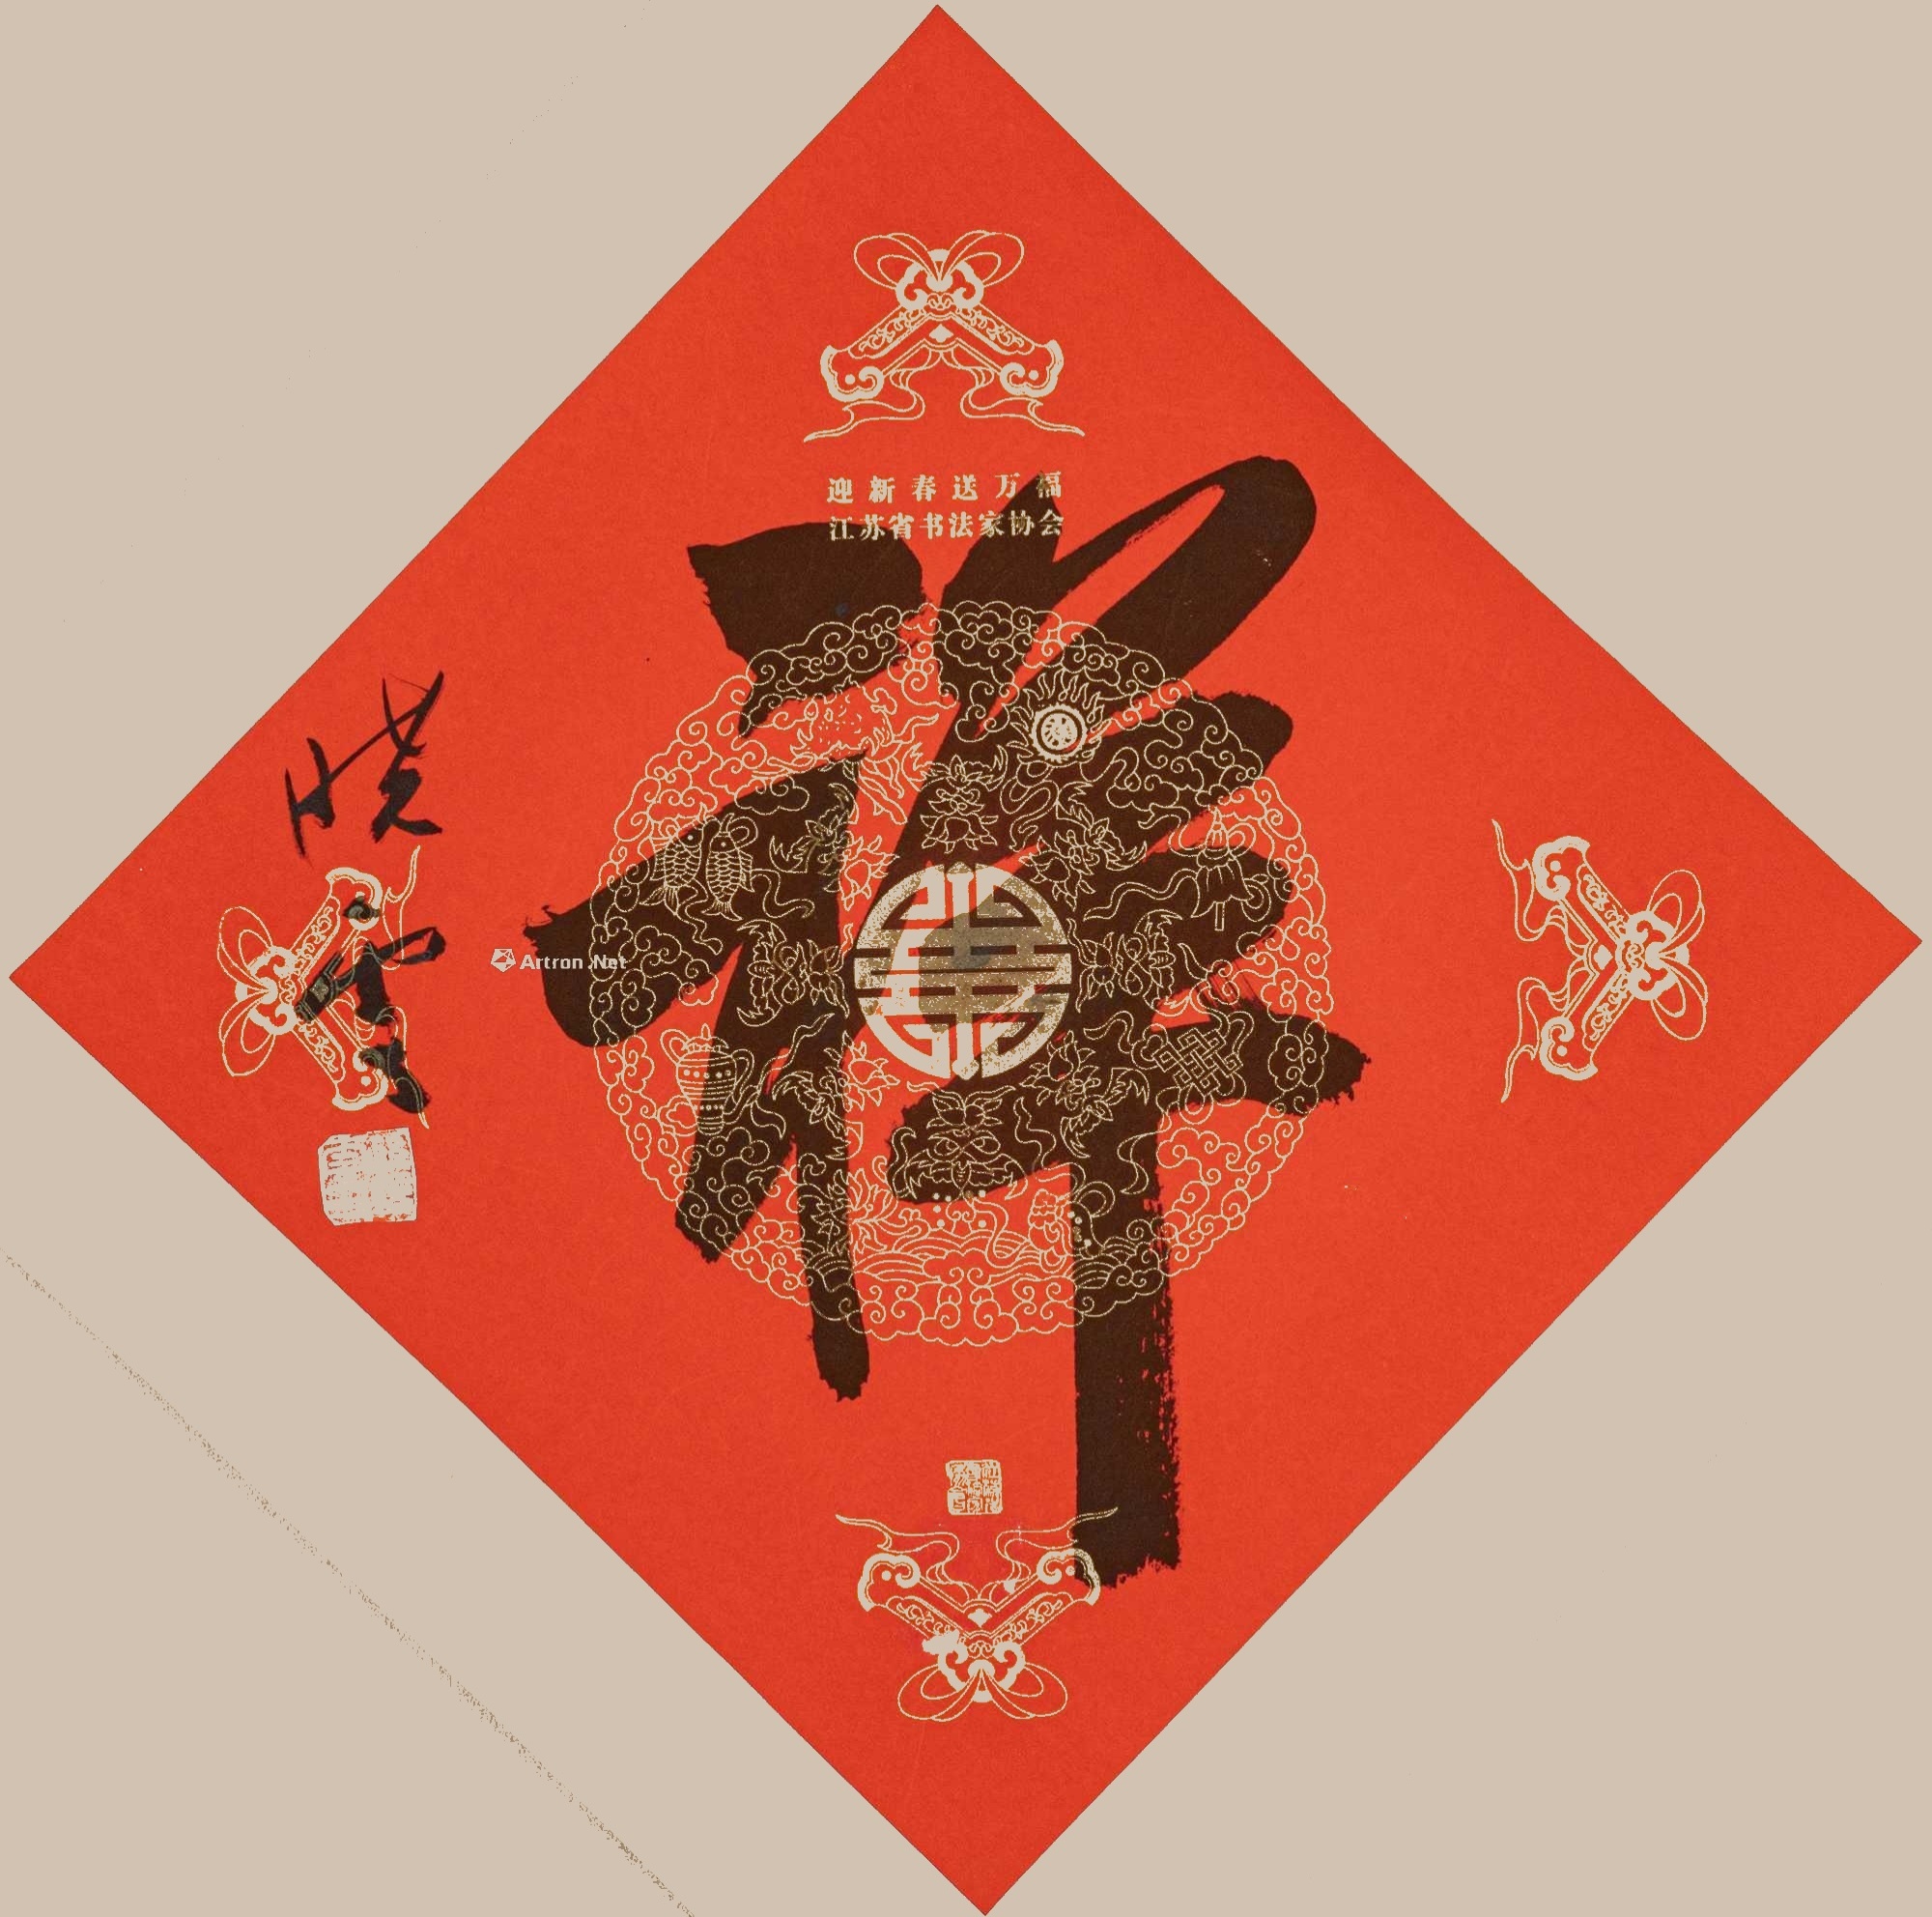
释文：祥。晓云。